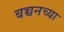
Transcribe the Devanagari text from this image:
बच्चनच्या